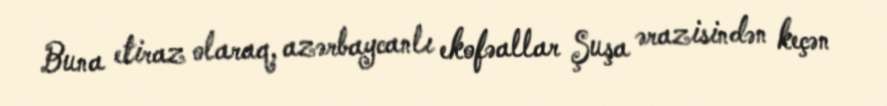
Buna etiraz olaraq, azərbaycanlı ekofəallar Şuşa ərazisindən keçən